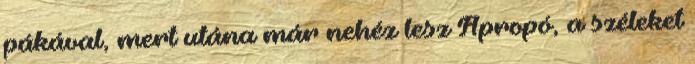
pákával, mert utána már nehéz lesz Apropó, a széleket